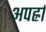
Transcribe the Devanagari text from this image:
अपर्ह्रा